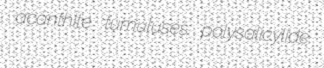
acanthite tumuluses polysalicylide